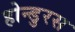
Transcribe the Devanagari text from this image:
होन्डुरस